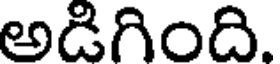
అడిగింది.